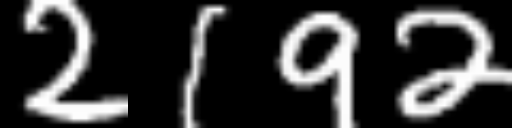
Text: 2192